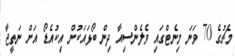
މެޗުގެ 70 ވަނަ މިނެޓްގައި ވެލެންސިއާ ދިން ބޯޅައަކުން އިކުއެޑޯ އަށް ނަތީޖާ